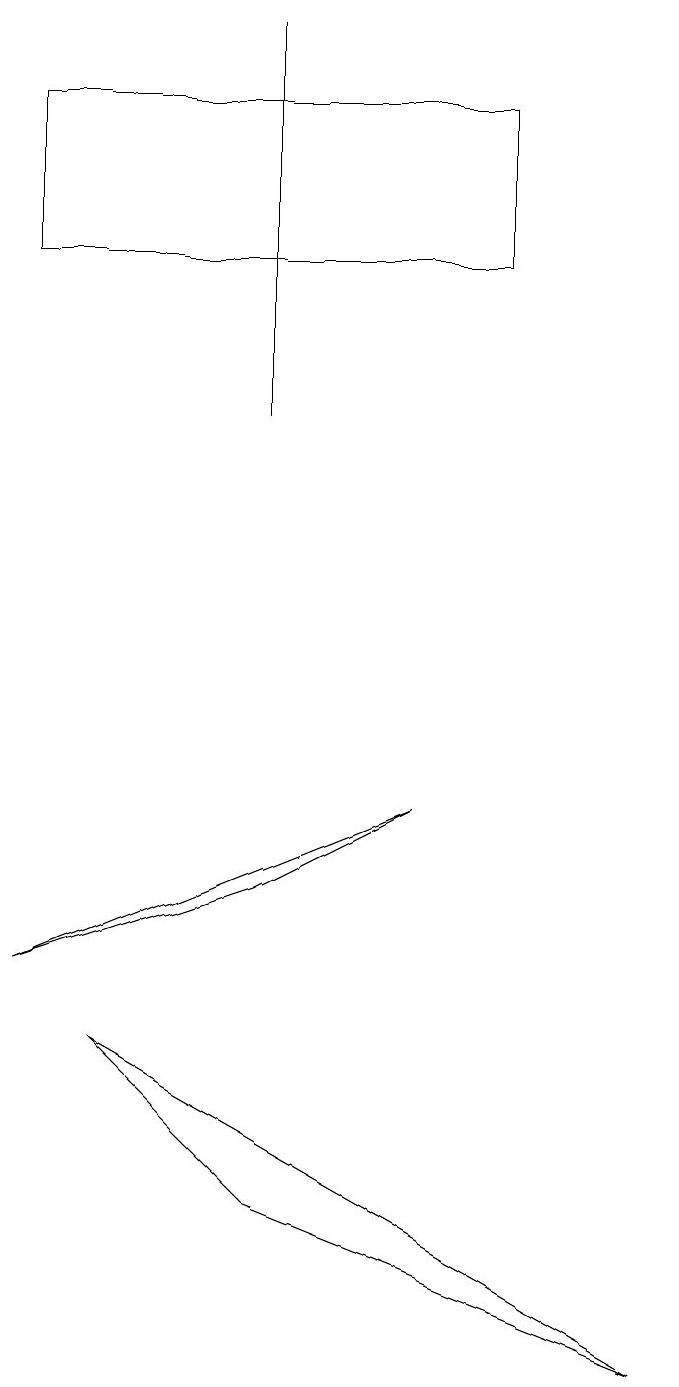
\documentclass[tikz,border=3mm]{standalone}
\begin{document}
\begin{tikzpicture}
\draw (3,17) rectangle (3,12);
\draw (5,7) -- (0,5) -- (3,6) -- cycle;
\draw (1,4) -- (3,2) -- (8,0) -- cycle;
\draw (0,14) rectangle (6,16);
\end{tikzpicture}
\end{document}